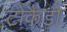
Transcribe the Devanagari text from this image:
टोकैडो